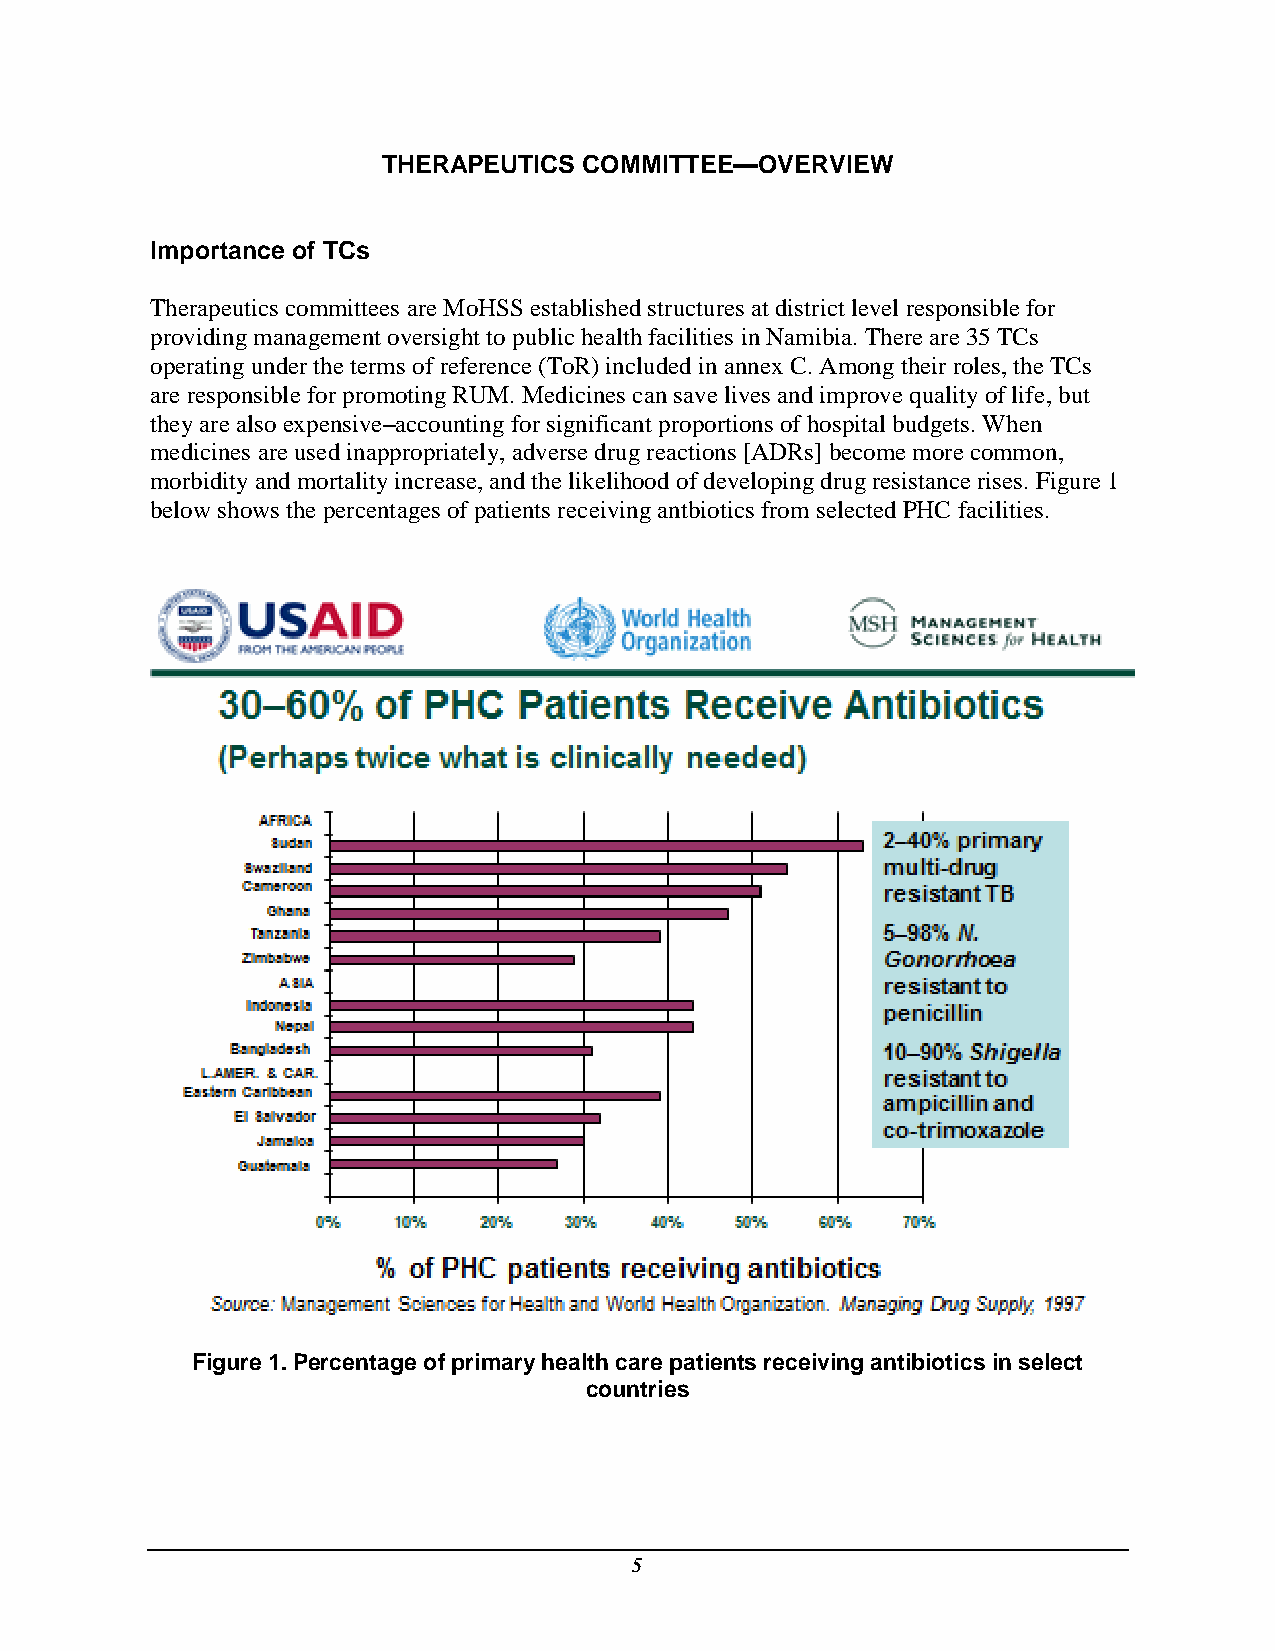
THERAPEUTICS  COMMITTEE—OVERVIEW
 Importance of TCs
 Therapeutics committees are MoHSS established structures at district level responsible for
 providing management oversight to public health facilities in Namibia. There are 35 TCs
 operating under the terms of reference (ToR) included in annex C. Among their roles, the TCs
 are responsible for promoting RUM. Medicines can save lives and improve quality of life, but
 they are also expensive–accounting for significant proportions of hospital budgets. When
 medicines are used inappropriately, adverse drug reactions [ADRs] become more common,
 morbidity and mortality increase, and the likelihood of developing drug resistance rises. Figure 1
 below shows the percentages of patients receiving antbiotics from selected PHC facilities.
 Figure 1. Percentage of primary health care patients receiving antibiotics in select
 countries
 5